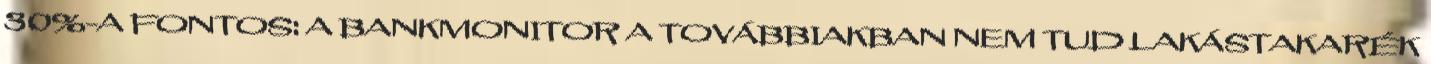
30%-A FONTOS: A BANKMONITOR A TOVÁBBIAKBAN NEM TUD LAKÁSTAKARÉK